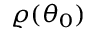
\varrho ( \theta _ { 0 } )